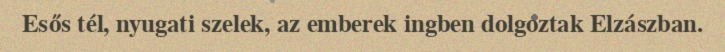
Esős tél, nyugati szelek, az emberek ingben dolgoztak Elzászban.